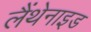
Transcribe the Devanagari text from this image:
लैंथेनाइड